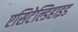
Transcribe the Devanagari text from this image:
एसिटेल्डिहाइड